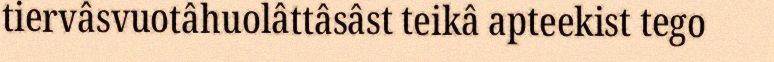
tiervâsvuotâhuolâttâsâst teikâ apteekist tego